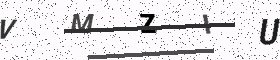
Text: VMZIU